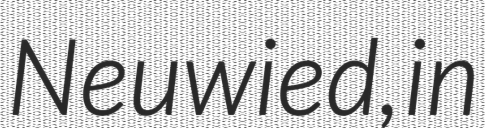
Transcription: Neuwied, in